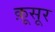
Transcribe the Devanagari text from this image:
क़ूसूर